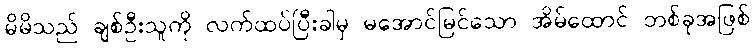
မိမိသည် ချစ်ဦးသူကို လက်ထပ်ပြီးခါမှ မအောင်မြင်သော အိမ်ထောင် တစ်ခုအဖြစ်